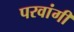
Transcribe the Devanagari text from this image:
परवांगी